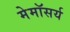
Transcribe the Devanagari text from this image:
मेमॉसर्य